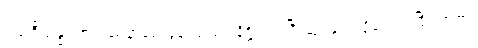
ပထဝီသန္ဓရကပြဿနာမေးခွန်းသည်။ နိဋ္ဌိတာ၊ ပြီးဆုံးခြင်းသို့ရောက်ပြီ။ ရာဇာ၊